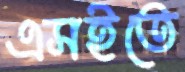
এসইতে